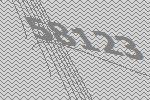
58123